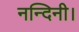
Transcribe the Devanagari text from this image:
नन्दिनी।